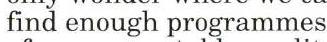
find enough programmes